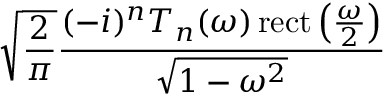
{ \sqrt { \frac { 2 } { \pi } } } { \frac { ( - i ) ^ { n } T _ { n } ( \omega ) \operatorname { r e c t } \left( { \frac { \omega } { 2 } } \right) } { \sqrt { 1 - \omega ^ { 2 } } } }